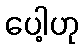
ပေါ့ဟု